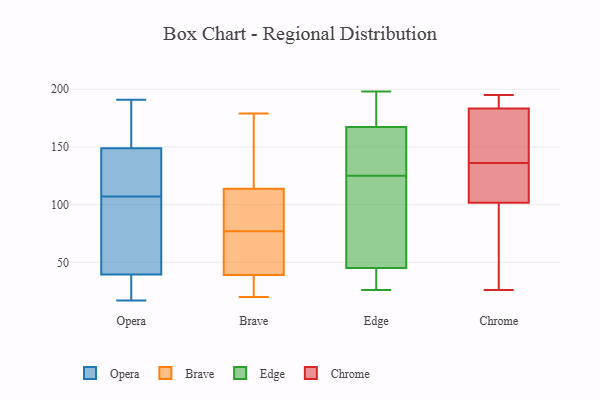
{"axis": {"x": "Website Visitors", "y": "Value"}, "legend": ["Brave", "Chrome", "Edge", "Opera"], "data": [{"x": "", "y": 174, "type": "Opera"}, {"x": "", "y": 38, "type": "Opera"}, {"x": "", "y": 86, "type": "Opera"}, {"x": "", "y": 96, "type": "Opera"}, {"x": "", "y": 107, "type": "Opera"}, {"x": "", "y": 107, "type": "Opera"}, {"x": "", "y": 17, "type": "Opera"}, {"x": "", "y": 164, "type": "Opera"}, {"x": "", "y": 111, "type": "Opera"}, {"x": "", "y": 40, "type": "Opera"}, {"x": "", "y": 144, "type": "Opera"}, {"x": "", "y": 191, "type": "Opera"}, {"x": "", "y": 27, "type": "Opera"}, {"x": "", "y": 125, "type": "Brave"}, {"x": "", "y": 48, "type": "Brave"}, {"x": "", "y": 179, "type": "Brave"}, {"x": "", "y": 28, "type": "Brave"}, {"x": "", "y": 91, "type": "Brave"}, {"x": "", "y": 36, "type": "Brave"}, {"x": "", "y": 113, "type": "Brave"}, {"x": "", "y": 114, "type": "Brave"}, {"x": "", "y": 22, "type": "Brave"}, {"x": "", "y": 103, "type": "Brave"}, {"x": "", "y": 69, "type": "Brave"}, {"x": "", "y": 48, "type": "Brave"}, {"x": "", "y": 20, "type": "Brave"}, {"x": "", "y": 77, "type": "Brave"}, {"x": "", "y": 141, "type": "Brave"}, {"x": "", "y": 171, "type": "Edge"}, {"x": "", "y": 142, "type": "Edge"}, {"x": "", "y": 198, "type": "Edge"}, {"x": "", "y": 26, "type": "Edge"}, {"x": "", "y": 28, "type": "Edge"}, {"x": "", "y": 156, "type": "Edge"}, {"x": "", "y": 125, "type": "Edge"}, {"x": "", "y": 30, "type": "Edge"}, {"x": "", "y": 186, "type": "Edge"}, {"x": "", "y": 90, "type": "Edge"}, {"x": "", "y": 111, "type": "Edge"}, {"x": "", "y": 26, "type": "Chrome"}, {"x": "", "y": 52, "type": "Chrome"}, {"x": "", "y": 91, "type": "Chrome"}, {"x": "", "y": 195, "type": "Chrome"}, {"x": "", "y": 134, "type": "Chrome"}, {"x": "", "y": 160, "type": "Chrome"}, {"x": "", "y": 136, "type": "Chrome"}, {"x": "", "y": 163, "type": "Chrome"}, {"x": "", "y": 135, "type": "Chrome"}, {"x": "", "y": 190, "type": "Chrome"}, {"x": "", "y": 190, "type": "Chrome"}]}